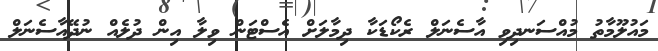
މައުލޫމާތު މުއްސަނދިވި އާސެނަލް ރެކޯޑަކާ ދިމާލަށް އެސްޓަން ވިލާ އިން ދުލެއް ނުދޭއާސެނަލް